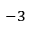
^ { - 3 }